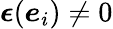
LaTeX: \boldsymbol{\epsilon}(\boldsymbol{e}_{i})\neq 0